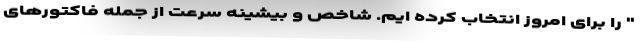
" را برای امروز انتخاب کرده ایم. شاخص و بیشینه سرعت از جمله فاکتورهای